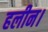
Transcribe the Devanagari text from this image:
हलीन।